Vaccination report Assam 1896-1927 - 1896-1927
Year: 1896
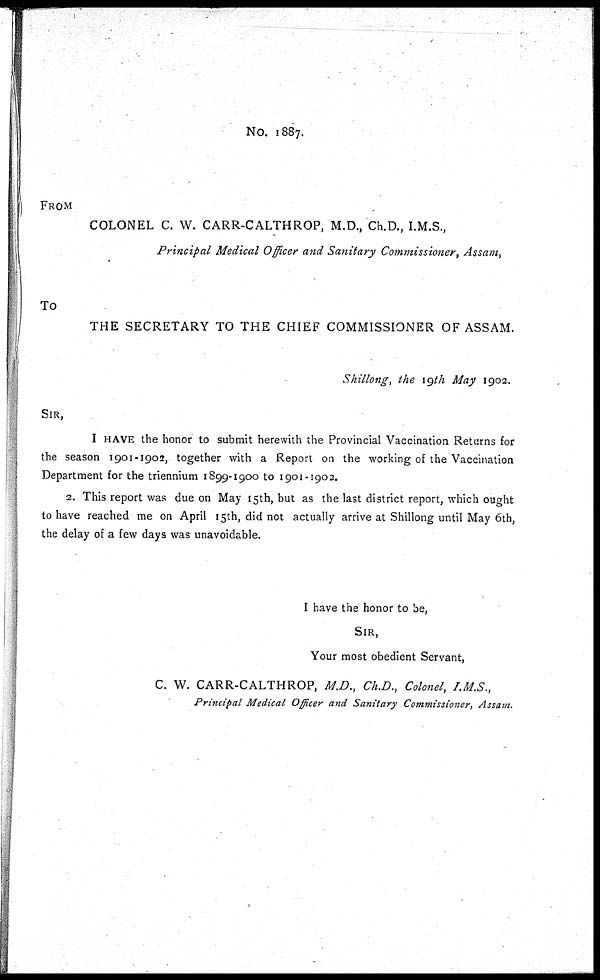
No. 1887.
FROM
COLONEL C. W. CARR-CALTHROP, M.D., Ch.D., I.M.S.,
Principal Medical Officer and Sanitary Commissioner, Assam,
To
THE SECRETARY TO THE CHIEF COMMISSIONER OF ASSAM.
Shillong, the 19th May 1902.
SIR,
I HAVE the honor to submit herewith the Provincial Vaccination Returns for
the season 1901-1902, together with a Report on the working of the Vaccination
Department for the triennium 1899-1900 to 1901-1902.
2. This report was due on May 15th, but as the last district report, which ought
to have reached me on April 15th, did not actually arrive at Shillong until May 6th,
the delay of a few days was unavoidable.
I have the honor to be,
SIR,
Your most obedient Servant,
C. W. CARR-CALTHROP, M.D., Ch.D., Colonel, I.M.S.,
Principal Medical Officer and Sanitary Commissioner, Assam.